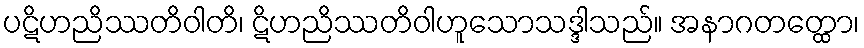
ပဋိဟညိဿတိဝါတိ၊ ဋိဟညိဿတိဝါဟူသောသဒ္ဒါသည်။ အနာဂတတ္ထော၊